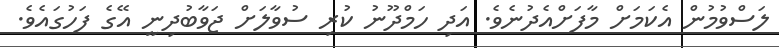
ލަސްވުމުން އެކަމަށް މާފަށްއެދުނެވެ. އަދި ހަމްދޫނު ކުރި ސުވާލަށް ޖަވާބުދިނީ އޭގެ ފަހުގައެވެ.